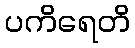
ပကိရေတိ